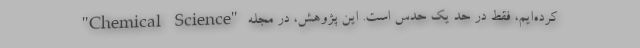
کرده‌ایم، فقط در حد یک حدس است. این پژوهش، در مجله "Chemical Science"